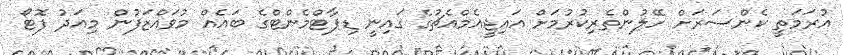
އުރަމަތީ ކެންސަރަށް ހޭލުންތެރިކުރުމަށް އައިޖީއެމްއެޗުގެ ގައިނީ ޑިޕާޓްމެންޓްގެ ބައެއް މުވައްޒަފުން މިއަދު ފޮޓޯ